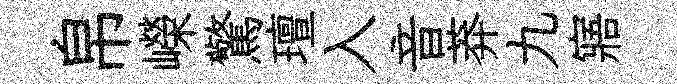
帛嶸驚璮入音莽九寤